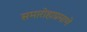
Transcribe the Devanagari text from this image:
समारोहाप्रमाणे